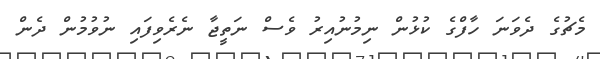
މެޗުގެ ދެވަނަ ހާފްގެ ކުޅުން ނިމުނުއިރު ވެސް ނަތީޖާ ނެރެވިފައި ނުވުމުން ދެން